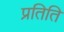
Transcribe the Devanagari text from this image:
प्रतिति